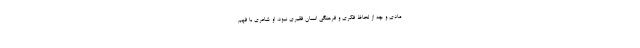
مادی و چه از لحاظ فکری و فرهنگی انسان فقیری نبود، او شاعری با فهم